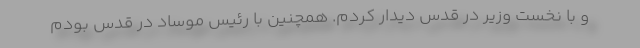
و با نخست وزیر در قدس دیدار کردم. همچنین با رئیس موساد در قدس بودم